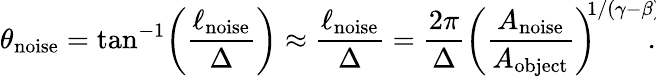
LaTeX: \theta_{\textrm{noise}}=\tan^{-1}\! \left(\frac{\ell_{\textrm{noise}}}{\Delta}\right)\approx\frac{\ell_{\textrm{noise}}}{\Delta}=\frac{2\pi}{\Delta}\left(\frac{A_{\textrm{noise}}}{A_{\textrm{object}}}\right)^{\! \! 1/(\gamma-\beta)}\! \! \! .